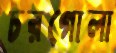
চরগোলা